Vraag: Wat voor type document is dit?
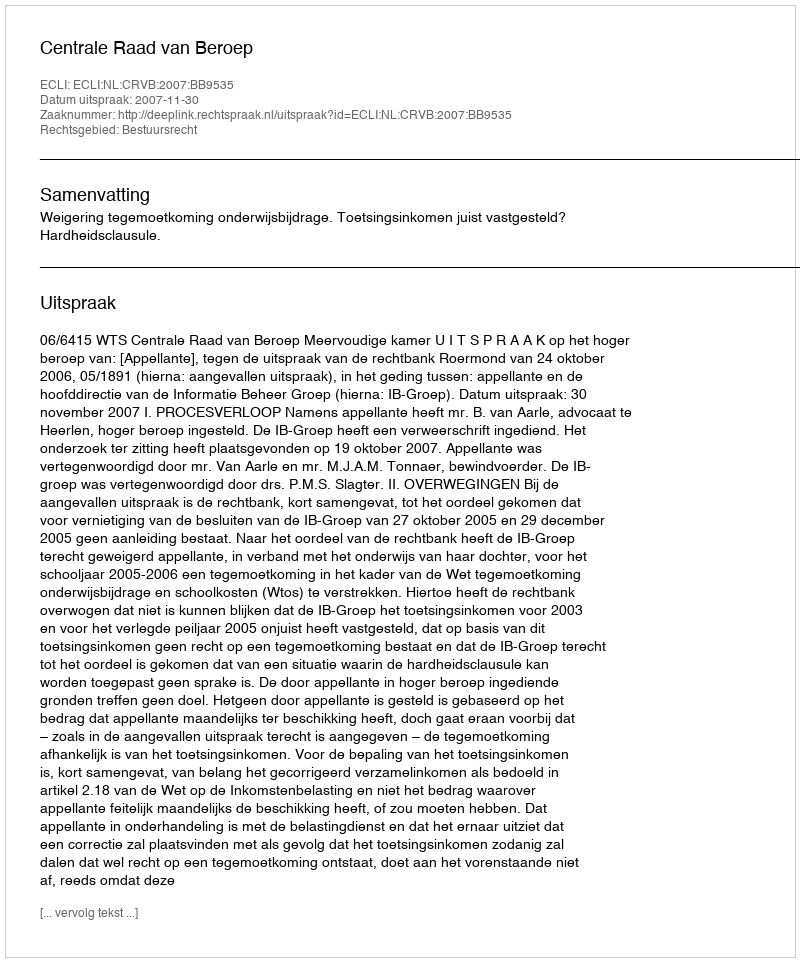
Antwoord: Uitspraak